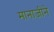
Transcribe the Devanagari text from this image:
मानाजीने